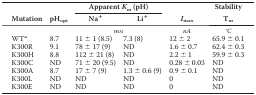
<table><thead><tr><td rowspan="2"><b>Mutation</b></td><td rowspan="2"><b>pH<sub>opt</sub></b></td><td colspan="2"><b>Apparent <i>K<sub>m</sub></i> (pH)</b></td><td rowspan="2"><b><i>I</i><sub>max</sub></b></td><td><b>Stability</b></td></tr><tr><td><b>Na<sup>+</sup></b></td><td><b>Li<sup>+</sup></b></td><td><b>T<i><sub>m</sub></i></b></td></tr></thead><tbody><tr><td></td><td></td><td colspan="2"><i>mm</i></td><td><i>nA</i></td><td>°<i>C</i></td></tr><tr><td>WT<i><sup>a</sup></i></td><td>8.7</td><td>11 ± 1 (8.5)</td><td>7.3 (8)</td><td>12 ± 2</td><td>65.9 ± 0.1</td></tr><tr><td>K300R</td><td>9.1</td><td>78 ± 17 (9)</td><td>ND</td><td>1.6 ± 0.7</td><td>62.4 ± 0.3</td></tr><tr><td>K300H</td><td>8.8</td><td>112 ± 21 (8)</td><td>ND</td><td>2.2 ± 1</td><td>59.9 ± 0.3</td></tr><tr><td>K300C</td><td>ND</td><td>71 ± 20 (9.5)</td><td>ND</td><td>0.28 ± 0.03</td><td>ND</td></tr><tr><td>K300A</td><td>8.7</td><td>17 ± 7 (9)</td><td>1.3 ± 0.6 (9)</td><td>0.9 ± 0.1</td><td>ND</td></tr><tr><td>K300L</td><td>ND</td><td>ND</td><td>ND</td><td>0</td><td>ND</td></tr><tr><td>K300E</td><td>ND</td><td>ND</td><td>ND</td><td>0</td><td>ND</td></tr></tbody></table>